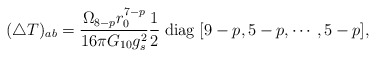
\begin{align*}(\triangle T)_{ab}=\frac{\Omega _{8-p}r_0^{7-p}}{16\pi G_{10}g_s^2} \frac{1}{2}\; {\rm diag}\; [9-p,5-p,\cdots,5-p],\end{align*}